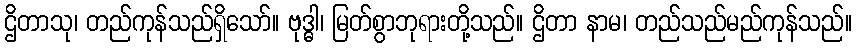
ဌိတာသု၊ တည်ကုန်သည်ရှိသော်။ ဗုဒ္ဓါ၊ မြတ်စွာဘုရားတို့သည်။ ဌိတာ နာမ၊ တည်သည်မည်ကုန်သည်။